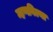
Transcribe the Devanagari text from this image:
म्हणविल्या